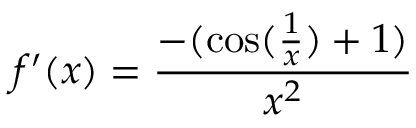
f ^ { \prime } ( x ) = { \frac { - ( \cos ( { \frac { 1 } { x } } ) + 1 ) } { x ^ { 2 } } }